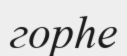
горһе